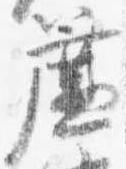
簾